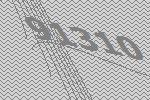
91310